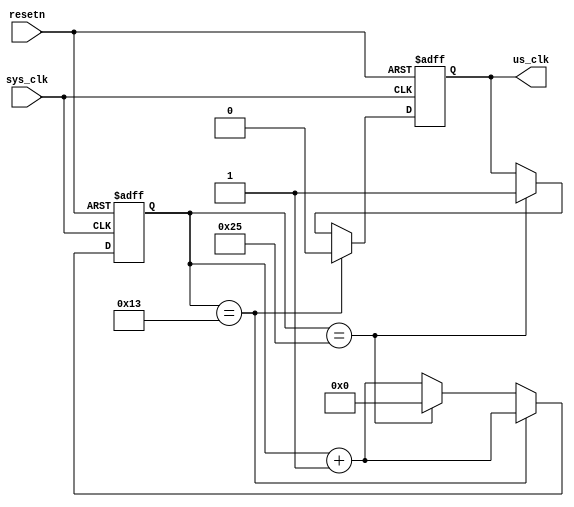
/**
 * ECE 412-413 Capstone Winter/Spring 2018
 * Team 32 Drone2 SOC
 * Ethan Grinnell,
 * Brett Creeley,
 * Daniel Christiansen,
 * Kirk Hooper,
 * Zachary Clark-Williams
 */

/**
 * us_clk - Convert from sys_clk to us_clk (1 MHz and 1 us period).
 */

`timescale 1ns / 1ns

module us_clk #(parameter CLK_CONVERSION_HIGH = 19,
	  			parameter CLK_CONVERSION_LOW = 37)
			   (output reg us_clk,
				input wire sys_clk,
				input wire resetn);

	reg [14:0] sys_clk_counter;

	always @(posedge sys_clk or negedge resetn) begin
		if (!resetn) begin
			us_clk <= 1'b1;
			sys_clk_counter <= 15'h0000;
		end
		else if (sys_clk_counter == CLK_CONVERSION_HIGH) begin
			us_clk <= 1'b0;
			sys_clk_counter <= sys_clk_counter + 1'b1;
		end
		else if (sys_clk_counter == CLK_CONVERSION_LOW) begin
			us_clk <= 1'b1;
			sys_clk_counter <= 15'h0000;
		end
		else
			sys_clk_counter <= sys_clk_counter + 1'b1;
	end
endmodule